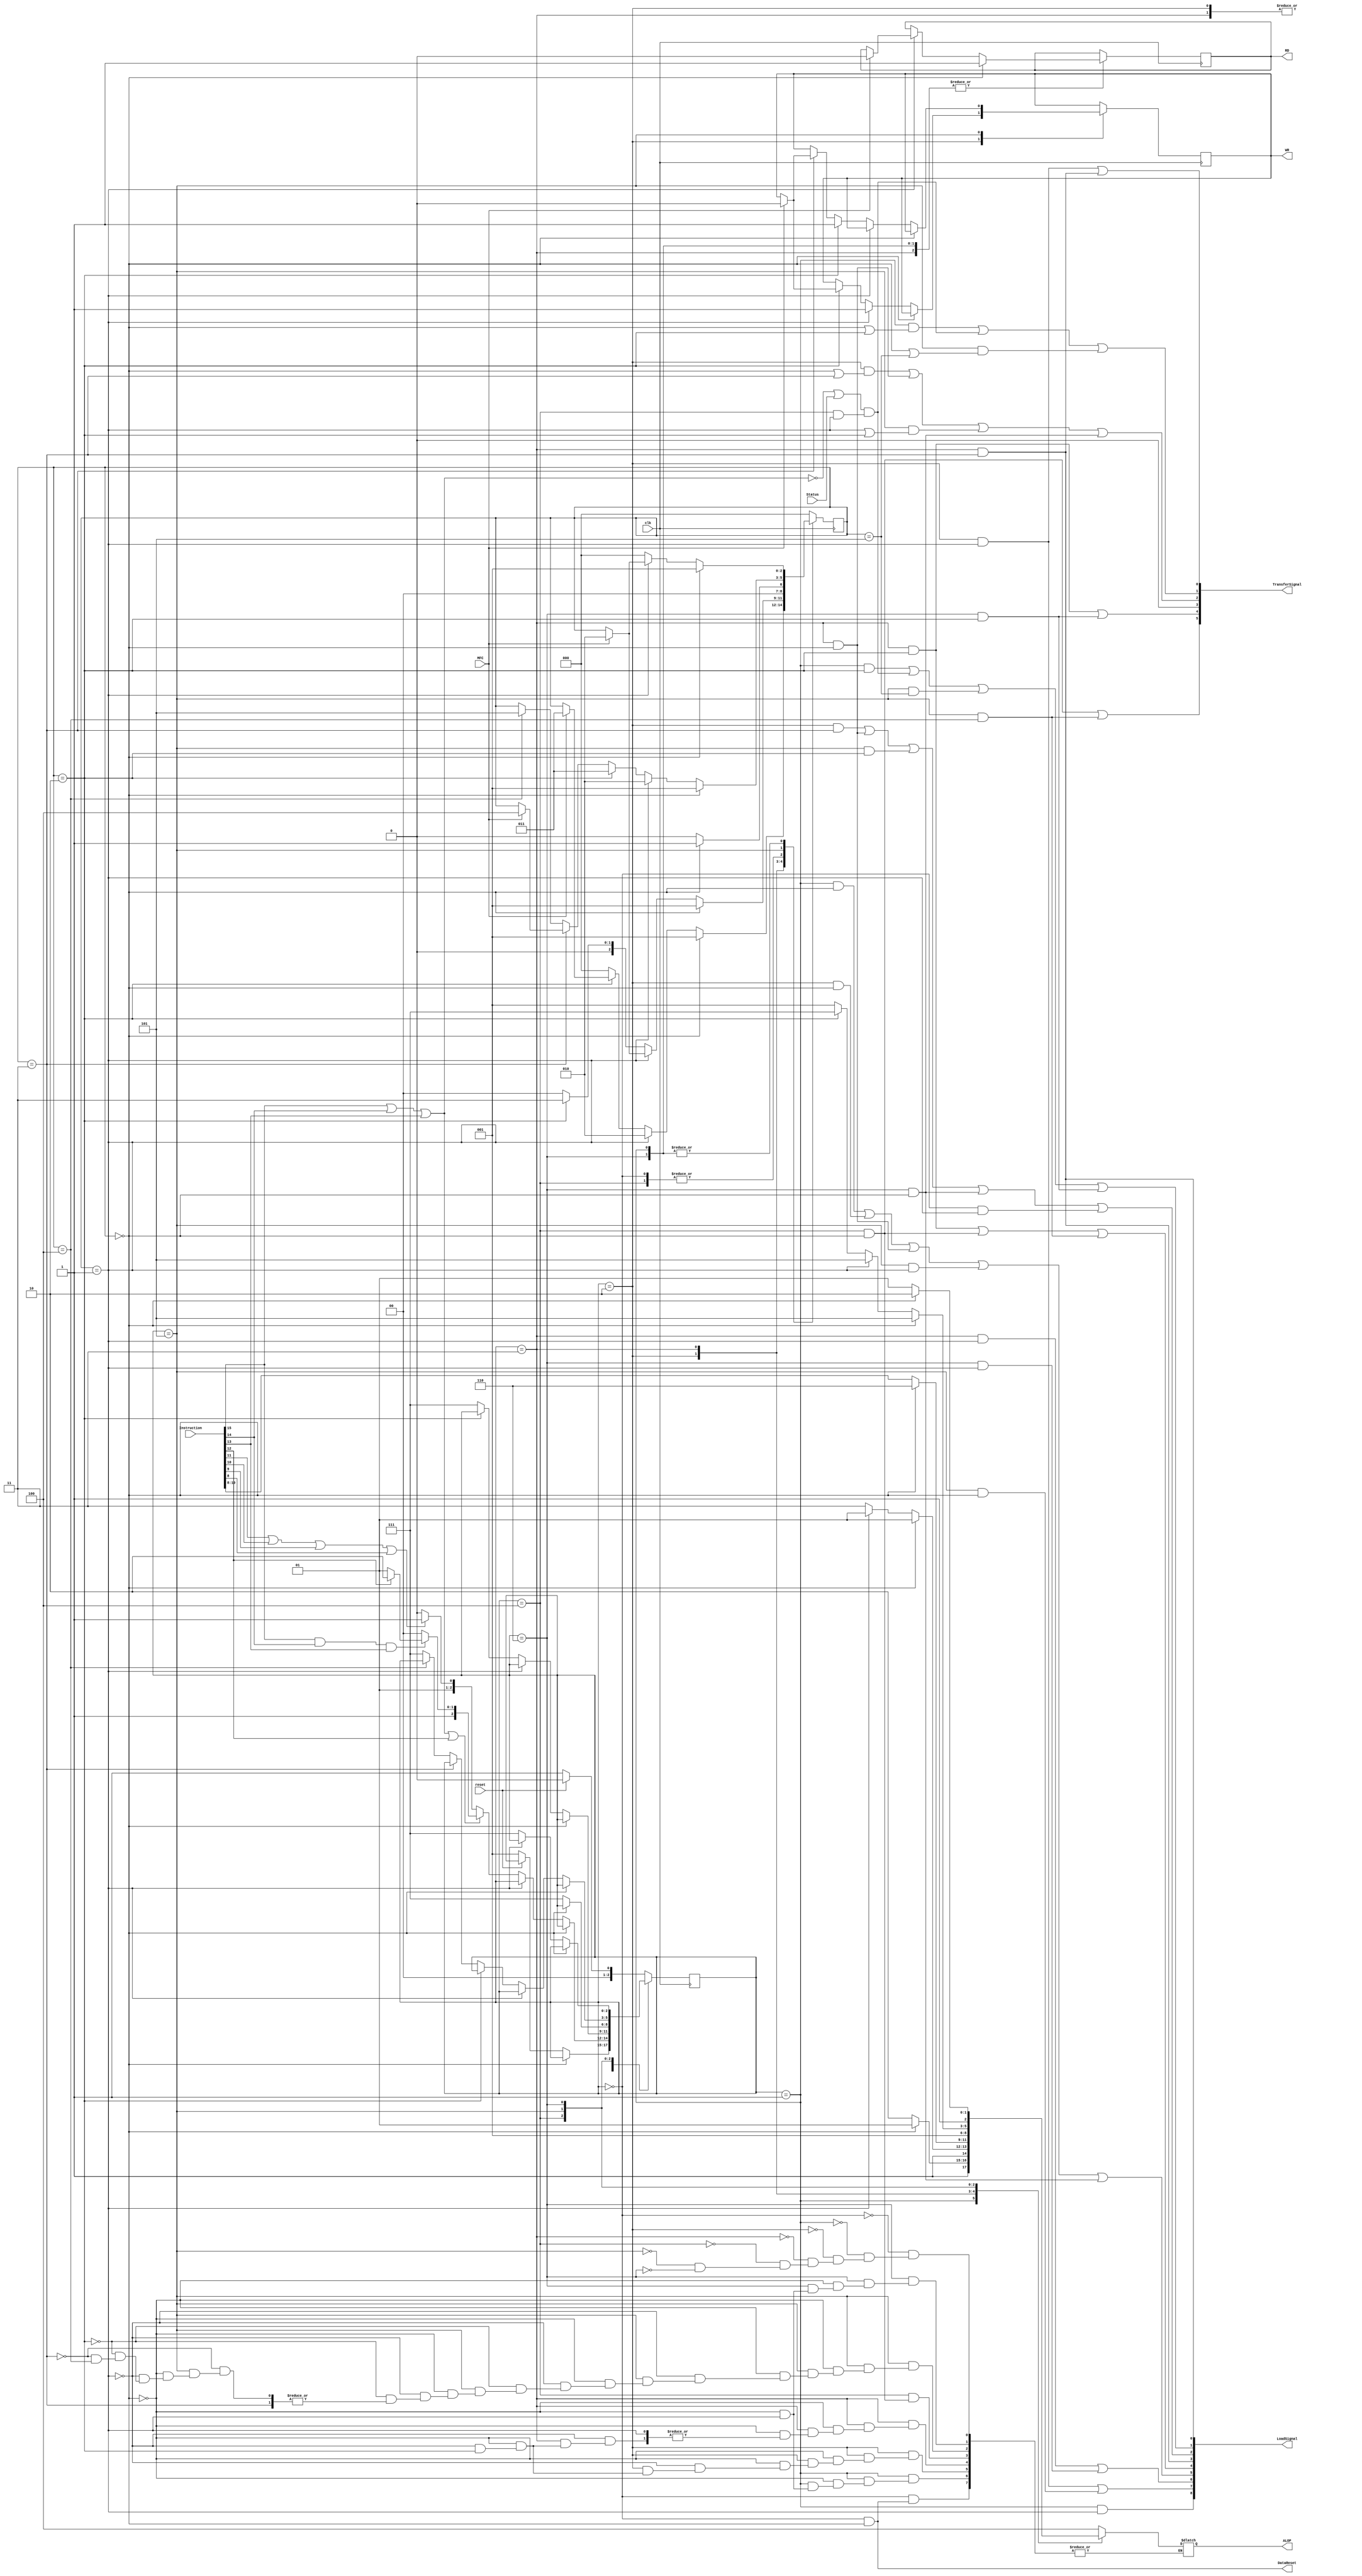
`timescale 1ns / 1ps

module Controller(
input wire clk,
input wire reset,
input wire MFC,
input wire Status,
input wire [15:0] Instruction,
output wire DataReset,
output wire [8:0] LoadSignal,
output wire [5:0] TransferSignal,
output reg [2:0] ALOP,
output reg RD,
output reg WR
);

/* Constants */
// Load signal ids
parameter ldR = 0 ;   // GPR Array
parameter ldPC = 1 ;  // Program counter
parameter ldSP = 2 ;  // Stack pointer
parameter ldF = 3;    // Flag register
parameter ldT = 4;    // Temporary register
parameter ldMAR = 5;  // Memory address register
parameter ldMDM = 6;  // Memory data register (from main memory)
parameter ldMDZ = 7;  // Memory data register (from internal Z bus)
parameter ldIR = 8;   // Instruction register

// Transfer signal ids
parameter trR =  0;
parameter trPC = 1;
parameter trSP = 2;
parameter trMAR= 3;
parameter trMDR= 4;
parameter trL  = 5;

wire _NotPushPop , _Pop , _NotBranch , _Condition;
or( _NotPushPop , Instruction[15] , Instruction[14] , Instruction[13] , Instruction[12] );
or( _Pop , Instruction[11] , Instruction[10] , Instruction[9] , Instruction[8] );
and( _NotBranch , Instruction[15] , Instruction[14] , Instruction[13] );
or( _Condition , Instruction[15] , Instruction[14] , Instruction[13] );

wire BranchInstruction;
or( BranchInstruction , ~_Condition , Status ); // Either unconditional or conditional branch instruction

reg [2:0] State = 0;
reg [2:0] Phase = 0;

// Operation codes
parameter ADD  = 1;
parameter NEGY = 2;
parameter OR   = 3;
parameter NOTY = 4;
parameter CPX =  5;
parameter INX =  6;
parameter DCX =  7;
parameter CPY =  0;

// Phases
parameter Reset  = 0; // Reset Phase
parameter Fetch  = 1;
parameter Push   = 2;
parameter Pop    = 3;
parameter Branch = 4;
parameter Call   = 5;
parameter Return = 6;
parameter PostEx = 7; // Post execution phase

// Transition function
always@ (posedge clk) begin
case( Phase )

Reset : begin
	if( State == 0 ) begin
		// DataReset
		State = 1;
	end else begin // State = 1
		// SP = ~T;
		State = 0;
		if( !reset ) begin
			Phase = Fetch;
		end
	end
end

Fetch : begin
	if( State == 0 ) begin
		// MAR = PC;
		State = 1;
		RD = 1;
	end else if( State == 1 ) begin
		// ldIR = 1;
		if( MFC ) begin
			RD = 0;
			State = 2;
		end
	end else begin // State = 2
		// PC = PC + 1;
		if( _NotPushPop ) begin // Select next submodule( Controller Module )
			if( _NotBranch ) begin
				if( Instruction[12] ) Phase = Return;
				else Phase = Call;
			end else begin
				Phase = Branch;
			end
		end else begin
			if( _Pop ) Phase = Pop ;
			else       Phase = Push;
		end
		State = 0; // Reset State
	end
end // End fetch phase.

Push : begin
	if( State == 0 ) begin
		// MAR = SP;
		State = 1;
	end else if( State == 1 ) begin
		// MDR = R[RegId];
		State = 2;
		WR = 1;
	end else if( State == 2 ) begin
		if( MFC ) begin
			WR = 0;
			State = 3;
		end
	end else begin // State == 3
		// SP = SP - 1;
		State = 0;
		Phase = PostEx;
	end
end // End push phase

Pop : begin
	if( State == 0 ) begin
		// SP = SP+1; MAR = SP;
		State = 1;
		RD = 1;
	end else if( State == 1 ) begin
		if( MFC ) begin
			RD = 0;
			// MDR = DataIn;
			State = 2;
		end
	end else if( State == 2 ) begin
		// T = MDR;
		State = 3;
	end else begin // State == 3
		// ALU operation
		State = 0;
		Phase = PostEx;
	end
end // End pop phase

Branch : begin
	if( State == 0 ) begin
		// T = L;
		State = 1;
	end else begin // State == 1
		// PC = PC + L
		State = 0;
		Phase = PostEx;
	end
end // End branch phase

Call : begin
	if( State == 0 ) begin
		// MDR = PC;
		State = 1;
	end else if( State == 1 ) begin
		// MAR = SP;
		State = 2;
	end else if( State == 2 ) begin
		// SP = SP - 1;
		State = 3;
		WR = 1;
	end else if( State == 3 ) begin
		if( MFC ) begin
			WR = 0;
			State = 4;
		end
	end else if( State == 4 ) begin
		// T = L;
		State = 5;
	end else begin // State == 5
		// PC = PC + T;
		Phase = PostEx;
	end
end // End Call phase

Return : begin
	if( State == 0 ) begin
		// SP = SP+1;MAR = SP;
		State = 1;
		RD = 1;
	end else if( State == 1 ) begin
		// MDR = DataIn;
		if( MFC ) begin
			RD = 0;
			State = 2;
		end
	end else begin // State == 2
		// PC = MDR;
		State = 0;
		Phase = PostEx;
	end
end // End Return phase

default : begin // Post execution phase
	if( reset ) begin
		State = 0; Phase = Reset;
	end else begin
		State = 0; Phase = Fetch;
	end
end // End post execution phase

endcase // Case Phase
end // @always

// Activation of control signals
assign DataReset = ( Phase == Reset & State == 0 );

assign TransferSignal[trMAR] = 0;

assign TransferSignal[trPC] = (Phase == Fetch & (State==0|State==2)) |
										BranchInstruction & (Phase == Branch & State == 1 ) |
										(Phase == Call & ( State == 0 | State == 5 ) ) ;

assign LoadSignal[ldPC] = 	( Phase == Fetch  & State == 2 ) |
									BranchInstruction & (Phase == Branch & State == 1 ) |
									( Phase == Call & State == 5 ) |
									(Phase == Return & State == 2 ) ;

assign TransferSignal[trSP] = ( Phase == Push & ( State == 0 | State == 3 ) ) |
										( Phase == Pop & State == 0 ) |
										( Phase == Call & ( State == 1 | State == 2 ) ) |
										( Phase == Return & State == 0 ) ;

assign LoadSignal[ldSP] = 	( Phase == Push & State == 3 ) |
									( Phase == Pop & State == 0 ) |
									( Phase == Call & State == 2 ) |
									( Phase == Return & State == 0 ) |
									(Phase == Reset & State == 1 ) ;

assign LoadSignal[ldT] = ( Phase == Pop & State == 2 ) |
								( Phase == Branch & State == 0 ) |
								( Phase == Call & State == 4 ) ;

assign LoadSignal[ldMAR] = ( Phase == Fetch & State == 0 ) |
									( Phase == Push & State == 0 ) |
									( Phase == Pop & State == 0 ) |
									( Phase == Call & State == 1 ) |
									( Phase == Return & State == 0 ) ;

assign LoadSignal[ldIR] = (Phase == Fetch & State == 1);

assign TransferSignal[trR] = 	( Phase == Push & State == 1 ) |
										( Phase == Pop & State == 3 ) ;

assign LoadSignal[ldR] = ( Phase == Pop & State == 3 );

assign LoadSignal[ldMDZ] = ( Phase == Push & State == 1 ) |
									( Phase == Call & State == 0 ) ;

assign LoadSignal[ldMDM] = ( Phase == Pop & State == 1 ) |
									( Phase == Return & State == 1 ) ;

assign TransferSignal[trMDR] =	( Phase == Pop & State == 2 ) |
											( Phase == Return & State == 2 );

assign LoadSignal[ldF] = ( Phase == Pop & State == 3 );

assign TransferSignal[trL] = 	( Phase == Branch & State == 0 ) |
										( Phase == Call & State == 4 ) ;

// Operation codes to ALU
always @(*) begin
case (Phase)

Reset : begin
	if( State == 0 ) begin
		// DataReset
	end else begin
		// SP = ~T;
		ALOP = NOTY;
	end
end

Fetch : begin
	if( State == 0 ) begin
		// MAR = PC;
		ALOP = CPX;
	end else if( State == 1 ) begin
		// Read
	end else begin // State = 2
		// PC = PC + 1;
		ALOP = INX;
	end
end // End fetch phase.

Push : begin
	if( State == 0 ) begin
		// MAR = SP;
		ALOP = CPX;
	end else if( State == 1 ) begin
		// MDR = R[RegId];
		ALOP = CPX;
	end else if( State == 2 ) begin
	end else begin // State == 3
		ALOP = DCX;
	end
end // End push phase

Pop : begin
	if( State == 0 ) begin
		ALOP = INX;
	end else if( State == 1 ) begin
		// Read
	end else if( State == 2 ) begin
		// T = MDR;
	end else begin // State == 3
		ALOP = Instruction[10:8];
	end
end // End pop phase

Branch : begin
	if( State == 0 ) begin
		// T = L;
	end else begin // State == 1
		// PC = PC + L
		ALOP = ADD;
	end
end // End branch phase

Call : begin
	if( State == 0 ) begin
		// MDR = PC;
		ALOP = CPX;
	end else if( State == 1 ) begin
		// MAR = SP;
		ALOP = CPX;
	end else if( State == 2 ) begin
		// SP = SP - 1;
		ALOP = DCX;
	end else if( State == 3 ) begin
	end else if( State == 4 ) begin
		// T = L;
	end else begin // State == 5
		// PC = PC + T;
		ALOP = ADD;
	end
end // End Call phase

Return : begin
	if( State == 0 ) begin
		// SP = SP+1;MAR = SP;
		ALOP = INX;
	end else if( State == 1 ) begin
		// MDR = DataIn;
	end else begin // State == 2
		// PC = MDR;
		ALOP = CPX;
	end
end // End Return phase

default : begin
// No operation
end

endcase
end // @ always

endmodule